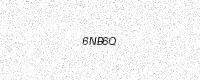
Text: 6NB6Q